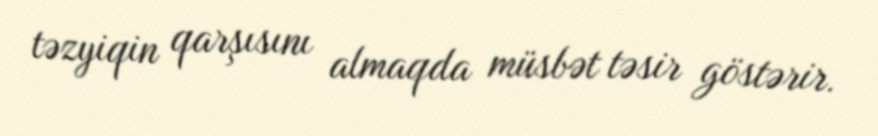
təzyiqin qarşısını almaqda müsbət təsir göstərir.